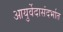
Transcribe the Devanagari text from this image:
आयुर्वेदासंदर्भात